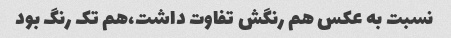
نسبت به عکس هم رنگش تفاوت داشت،هم تک رنگ بود